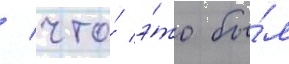
/ что́ э́то бы́л